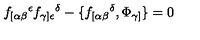
f _ { [ \alpha \beta } { } ^ { \epsilon } f _ { \gamma ] \epsilon } { } ^ { \delta } - \{ f _ { [ \alpha \beta } { } ^ { \delta } , \Phi _ { \gamma ] } \} = 0